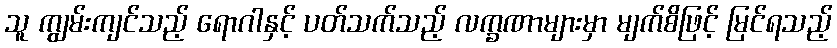
သူ ကျွမ်းကျင်သည့် ရောဂါနှင့် ပတ်သက်သည့် လက္ခဏာများမှာ မျက်စိဖြင့် မြင်ရသည့်